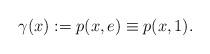
LaTeX: \begin{align*}\gamma(x):= p(x,e) \equiv p(x,1).\end{align*}